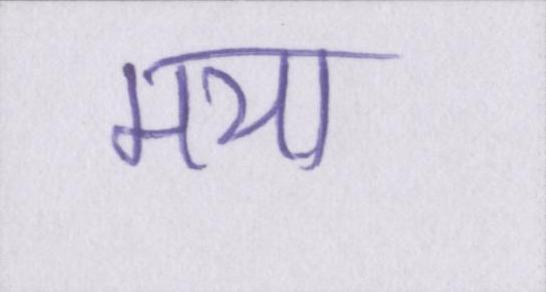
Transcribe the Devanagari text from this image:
मया